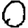
Digit: 0